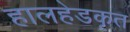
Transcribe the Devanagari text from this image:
हालहेडकृत